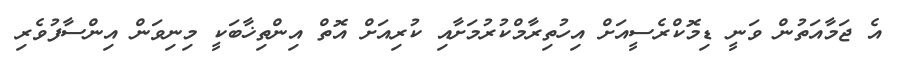
އެ ޖަމާއަތުން ވަނީ ޑިމޮކްރެސީއަށް އިހުތިރާމްކުރުމަށާއި ކުރިއަށް އޮތް އިންތިޚާބަކީ މިނިވަން އިންސާފުވެރި